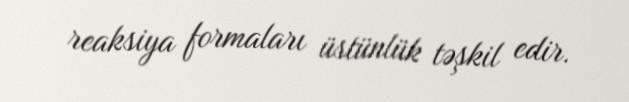
reaksiya formaları üstünlük təşkil edir.